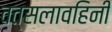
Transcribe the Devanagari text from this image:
वत्सलावहिनी